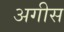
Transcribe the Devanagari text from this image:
अगीस